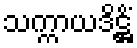
သက္ကာယဒိဋ္ဌိံ